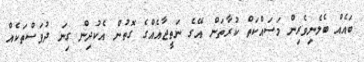
ބައެއް ބެލެނިވެރިން މަސައްކަތް ކުރާތަން އޭގެ ނަތީޖާއެއްގެ ގޮތުން އެކުދިން ގިނަ ދުވަސްތަކެއް